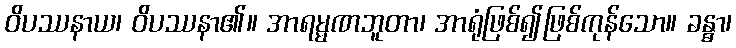
ဝိပဿနာယ၊ ဝိပဿနာ၏။ အာရမ္မဏဘူတာ၊ အာရုံဖြစ်၍ဖြစ်ကုန်သော။ ခန္ဓာ၊